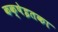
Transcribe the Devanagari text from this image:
कक्षेइतका